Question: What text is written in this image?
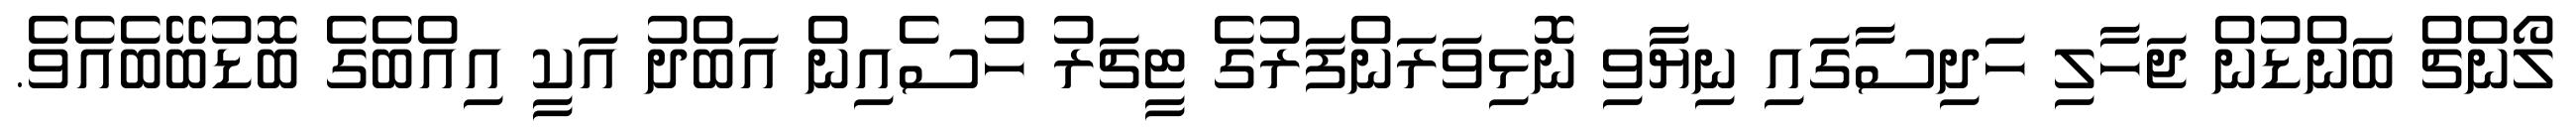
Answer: ލޯންޗް ބަންޑުން ޖަހާލި ހަދިސާގައި ނިޔާވި ނޮޅިވަރަންފަރުގެ ޓީޗަރު ހުސެއިން އަބްދު އަކީ އިއްބެގެ ބޮޑުބޭބެއެވެ.